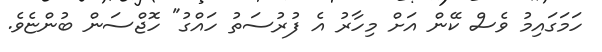
ހަމަގައިމު ވެސް ކޭން އަށް މިހާރު އެ ފުރުސަތު ހައްގު" ހޮޖްސަން ބުންޏެވެ.